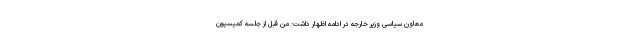
معاون سیاسی وزیر خارجه در ادامه اظهار داشت: من قبل از جلسه کمیسیون